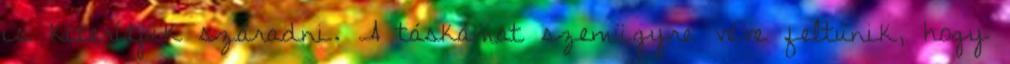
is kiterítjük száradni. A táskámat szemügyre véve feltűnik, hogy